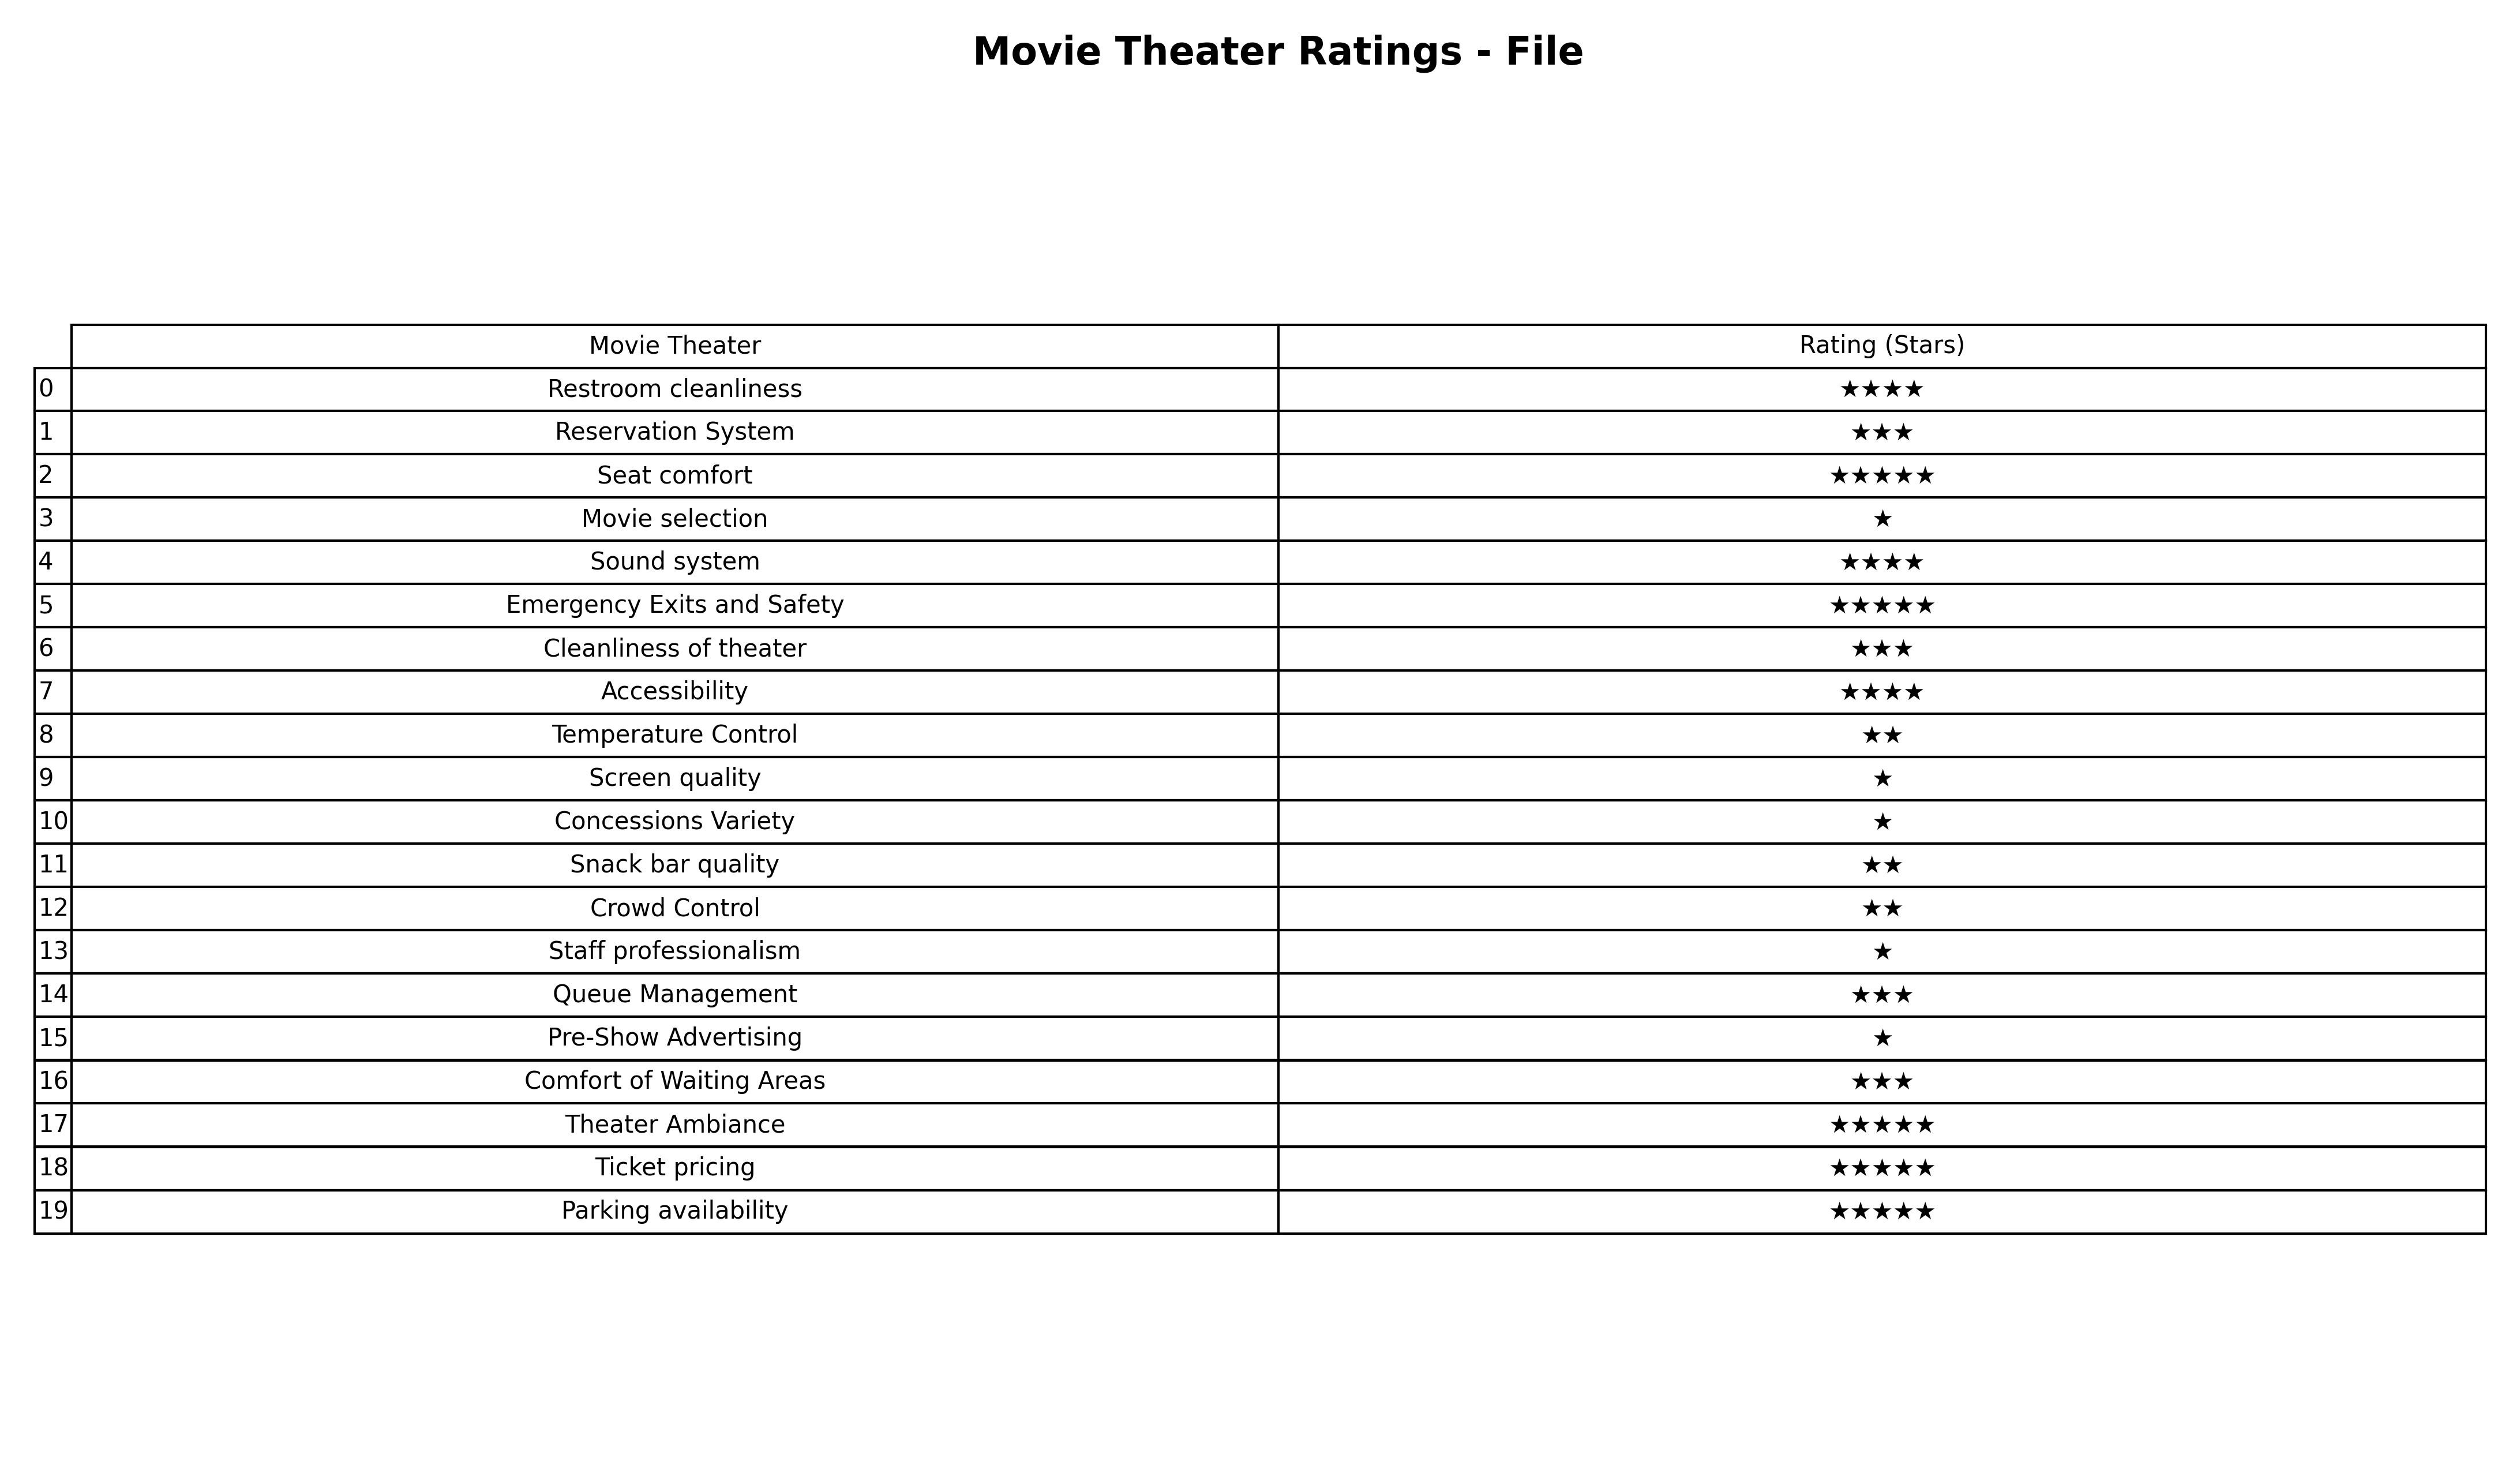
question: What is the rating of Temperature Control?
answer: ★★